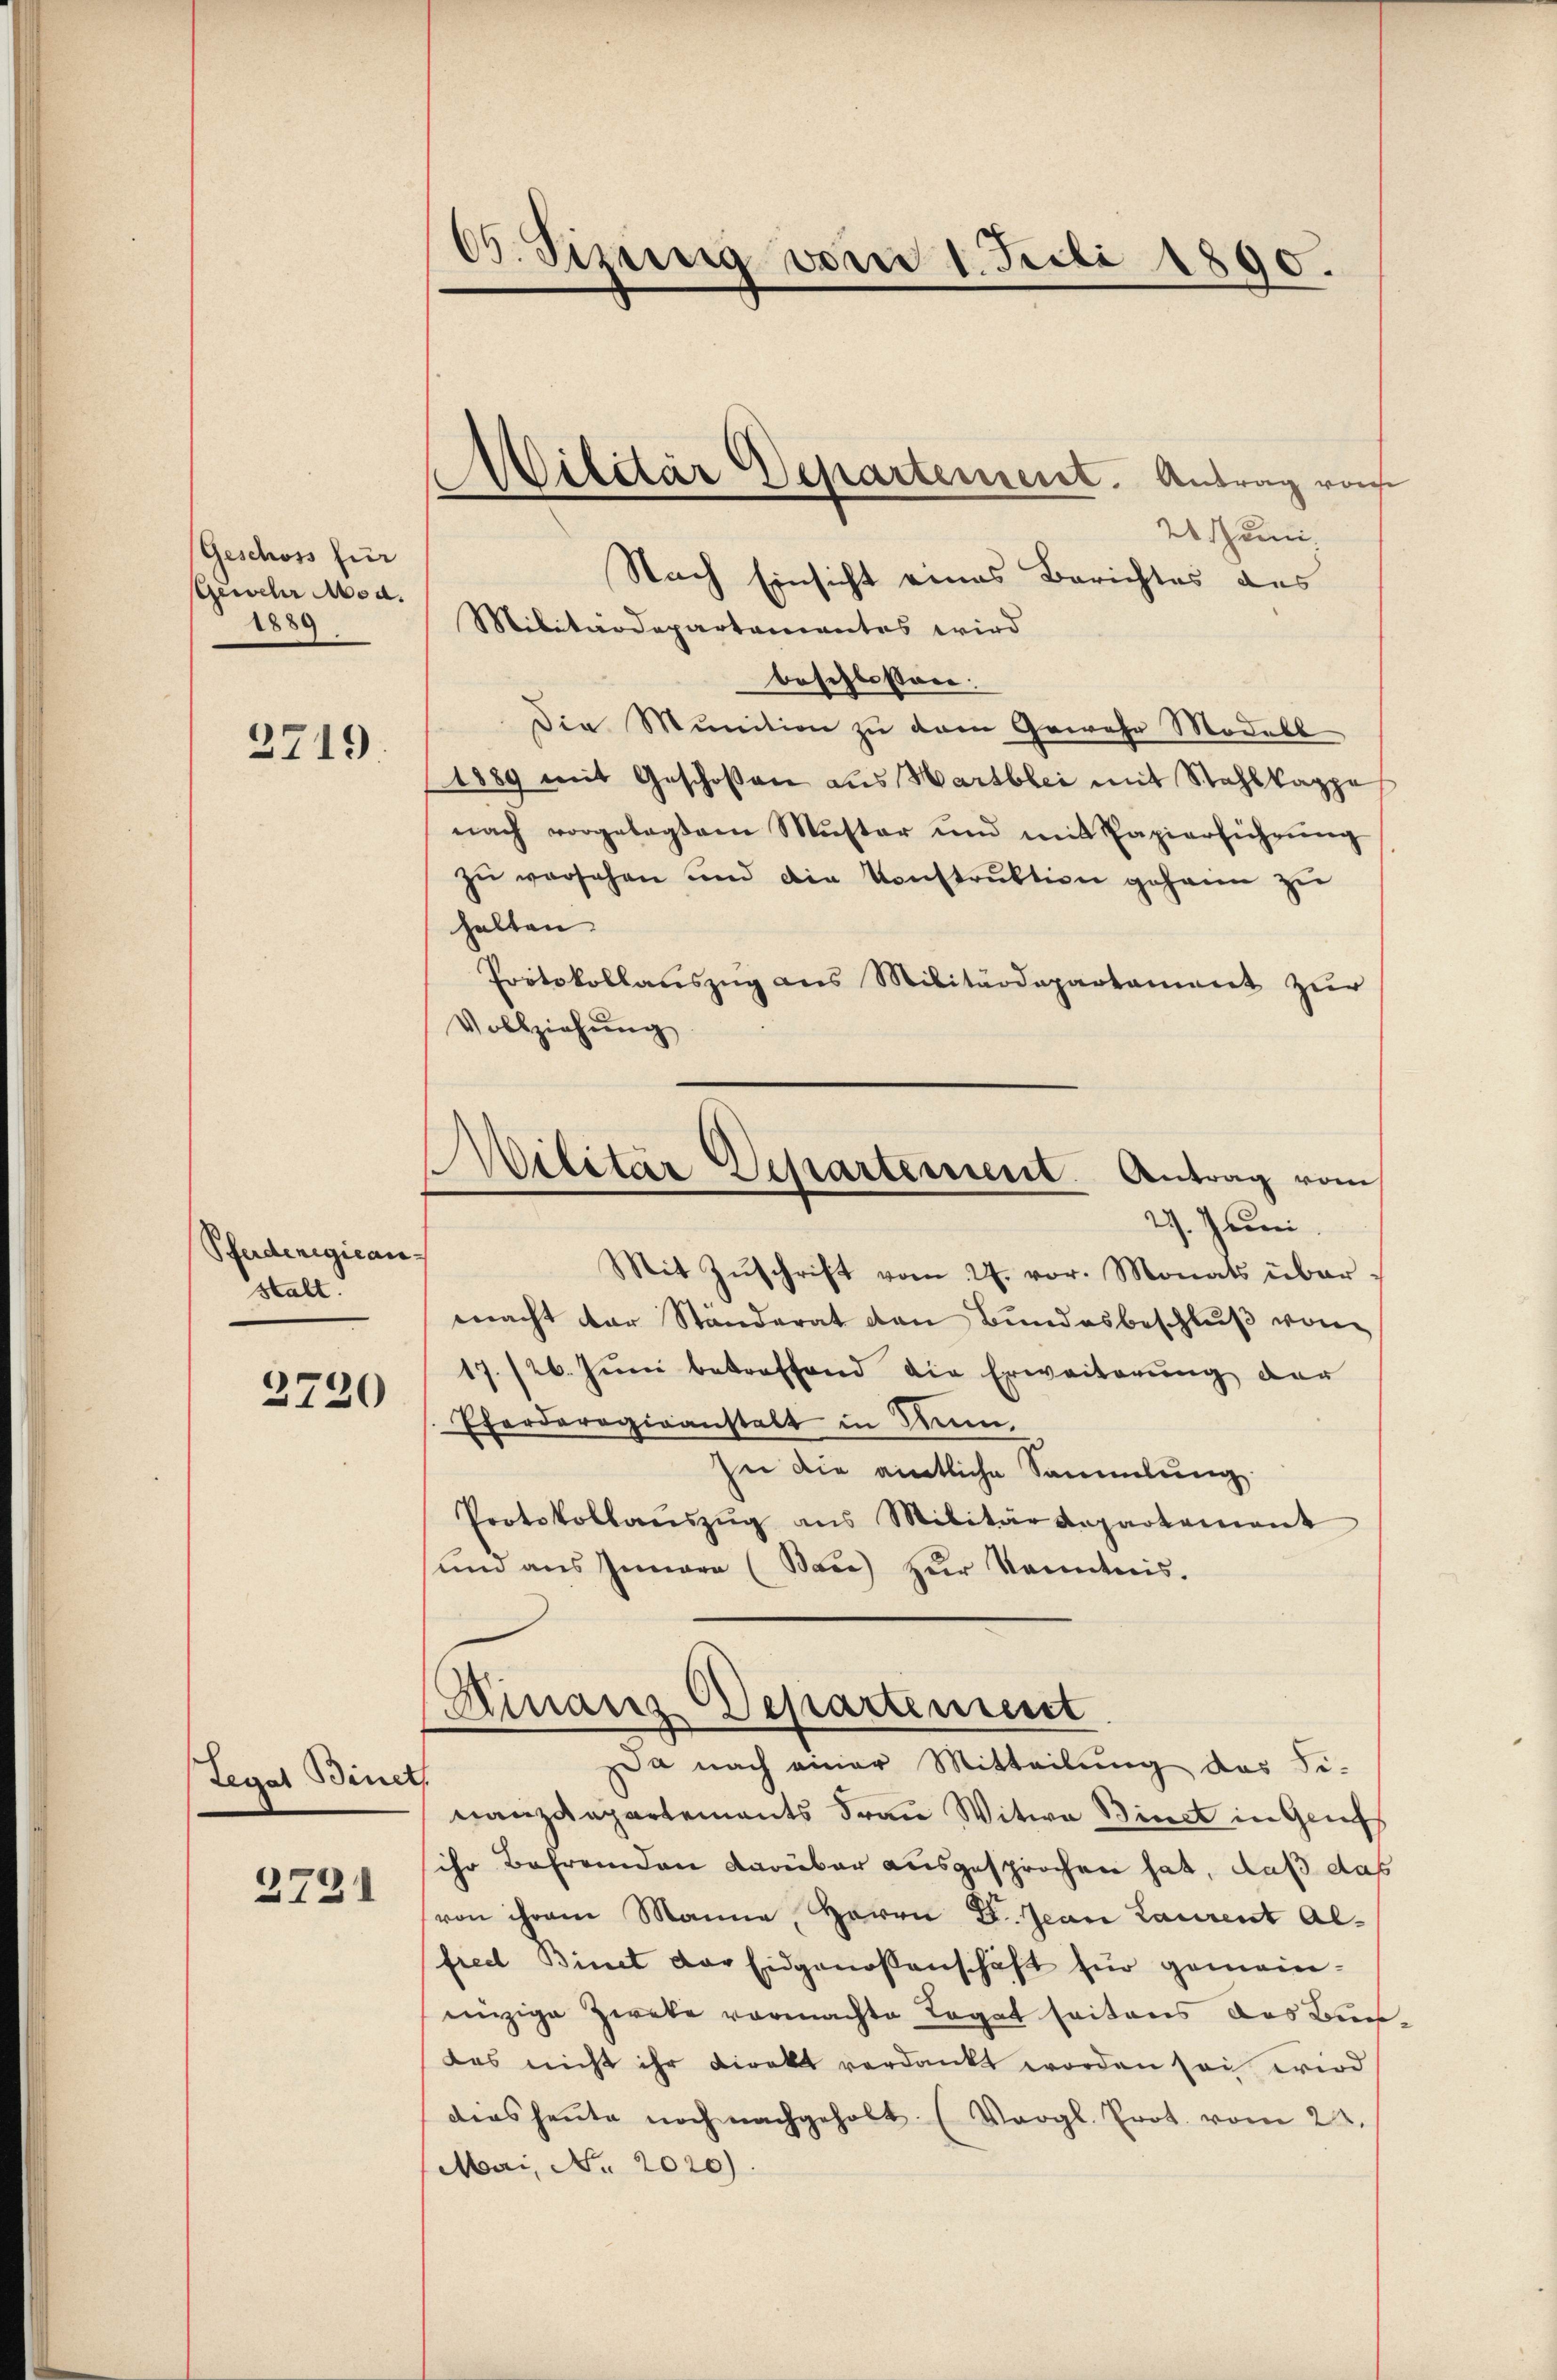
Geschoss für
Gewehr Mod.
1889

2719.

Pferdenegican
stalt.

2720

Legat Binet

2721

C. Sizung vom 1. Juli 1890.

20 Juni
Nach Einsicht eines Berichtes des
Militärdepartamentes wird
beschlossen:
Die Munition zu dem Gewehr Modell
1889 mit Geschossen aus Marsblei mit Stahlkappe
nach vorgelegtem Muster und mit Papierführŭng
zŭ versehen und die Konstrŭktion gehann zu
halten. |
Protokollaŭszŭg ans Militärdepartament zŭr
Vollziehŭng
Mit Zŭschrift vom 27. vor. Monats über-
macht der Ständerat den Bundesbeschlŭβ vom
17./26. Juni betreffend die Erweiterung der
Eferderogiranstalt in Kin¬
In die amtliche Sammlung
Protokollaŭszŭg ans Militärdepartement
sund aus Innern (Bace) zur Kenntnis.
(Minanz-Departement
a nach einer Mitteilung das Fi-
nanzdepartements Frau Witwe Binet in Genf
ihr Befremden darüber ausgesprochen hat, daß das
von ihrem Manne, Herrn D. Jean Laurent Alfred Binet der Eidgenossenschaft für gemeineinzige Zweke vormachte Legat seitens das Buch
das nicht ihr Direkt verdankt worden sei wird
dies heŭte noch nachgeholt. (Vergl. Prot. vom 22.
Mai, No. 2020).

Militär Departement. Antrag vo

Militär Departement. Antrag vom
29. Juni